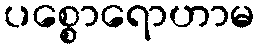
ပစ္စောရောဟာမ